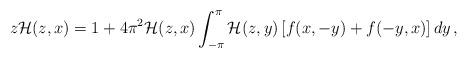
LaTeX: \begin{align*} z{\mathcal H}(z,x)=1+4\pi^2{\mathcal H}(z,x)\int_{-\pi}^\pi {\mathcal H}(z,y)\left[f(x,-y)+f(-y,x)\right]dy\,,\end{align*}